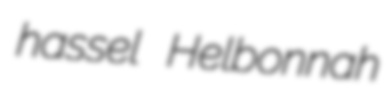
hassel Helbonnah